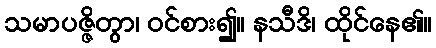
သမာပဇ္ဇိတွာ၊ ဝင်စား၍။ နသီဒိ၊ ထိုင်နေ၏။